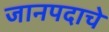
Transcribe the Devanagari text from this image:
जानपदाचे